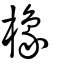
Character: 橡